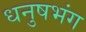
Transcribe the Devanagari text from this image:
धनुषभंग